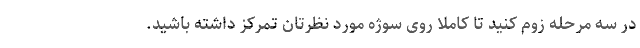
در سه مرحله زوم کنید تا کاملا روی سوژه مورد نظرتان تمرکز داشته باشید.